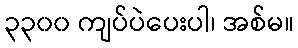
၃၃၀၀ ကျပ်ပဲပေးပါ၊ အစ်မ။